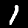
Label: 1